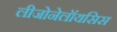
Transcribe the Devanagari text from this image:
लीजोनेलॉयसिस